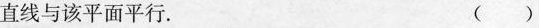
则此直线与该平面平行。 ( )